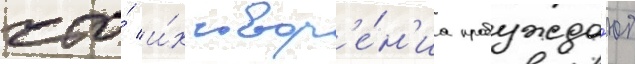
что́ и́х твор'е́н'иа пробужда́ют